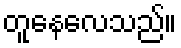
တူနေလေသည်။